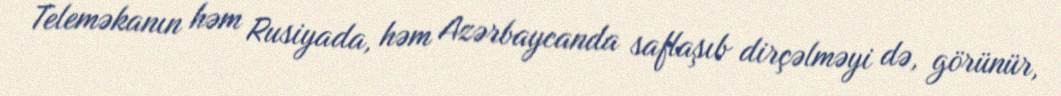
Teleməkanın həm Rusiyada, həm Azərbaycanda saflaşıb dirçəlməyi də, görünür,